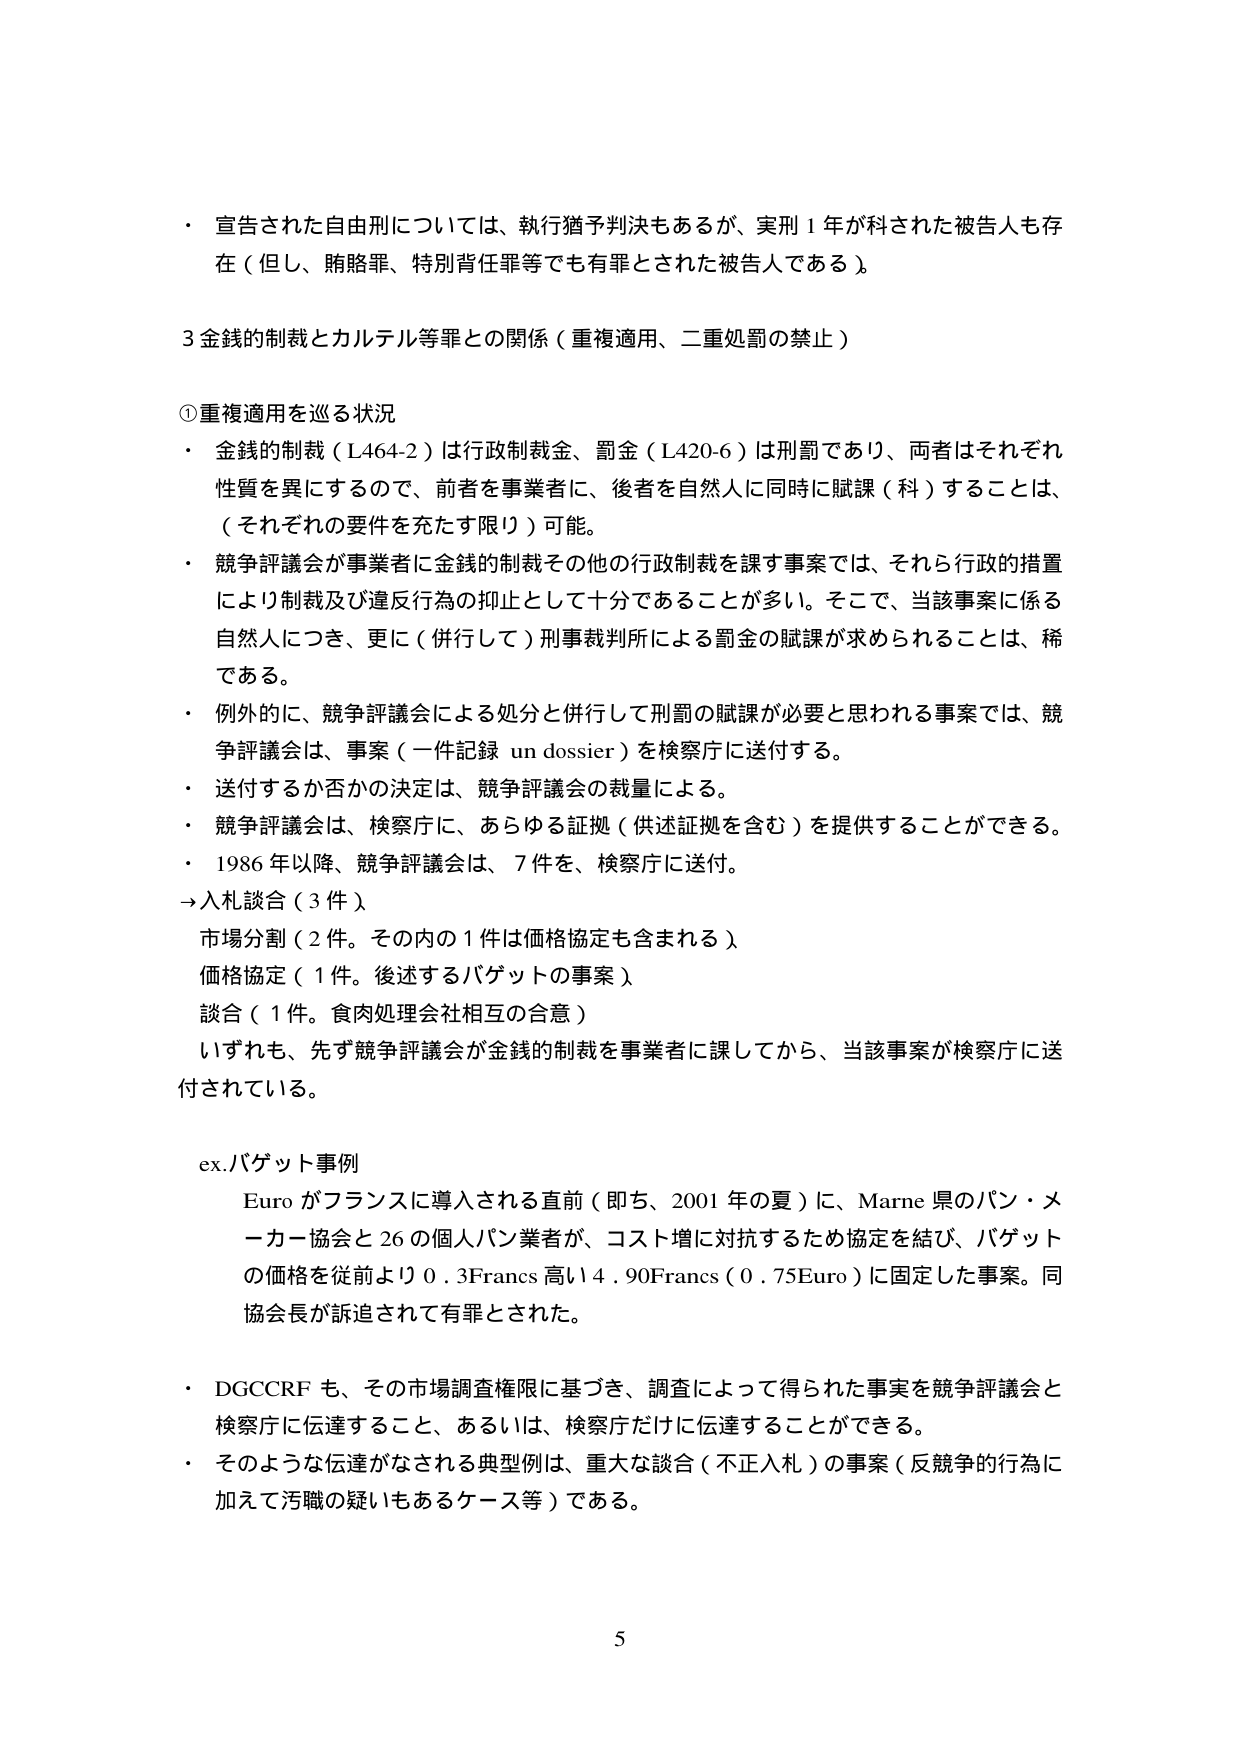
・ 宣告された自由刑については、執行猶予判決もあるが、実刑１年が科された被告人も存在（但し、賄賂罪、特別背任罪等でも有罪とされた被告人である）。

3 金銭的制裁とカルテル等罪との関係（重複適用、二重処罰の禁止）

①重複適用を巡る状況
・ 金銭的制裁（L464-2）は行政制裁金、罰金（L420-6）は刑罰であり、両者はそれぞれ性質を異にするので、前者を事業者に、後者を自然人に同時に賦課（科）することは、（それぞれの要件を充たす限り）可能。
・ 競争評議会が事業者に金銭的制裁その他の行政制裁を課す事案では、それら行政的措置により制裁及び違反行為の抑止として十分であることが多い。そこで、当該事案に係る自然人につき、更に（併行して）刑事裁判所による罰金の賦課が求められることは、稀である。
・ 例外的に、競争評議会による処分と併行して刑罰の賦課が必要と思われる事案では、競争評議会は、事案（一件記録 un dossier）を検察庁に送付する。
・ 送付するか否かの決定は、競争評議会の裁量による。
・ 競争評議会は、検察庁に、あらゆる証拠（供述証拠を含む）を提供することができる。
・ 1986年以降、競争評議会は、7件を、検察庁に送付。
→入札談合（3件）
　市場分割（2件。その内の1件は価格協定も含まれる）
　価格協定（1件。後述するバゲットの事案）
　談合（1件。食肉処理会社相互の合意）
　いずれも、先ず競争評議会が金銭的制裁を事業者に課してから、当該事案が検察庁に送付されている。

ex.バゲット事例
　Euroがフランスに導入される直前（即ち、2001年の夏）に、Marne県のパン・メーカー協会と26の個人パン業者が、コスト増に対抗するため協定を結び、バゲットの価格を従前より0.3Francs高い4.90Francs（0.75Euro）に固定した事案。同協会長が訴追されて有罪とされた。

・ DGCCRFも、その市場調査権限に基づき、調査によって得られた事実を競争評議会と検察庁に伝達すること、あるいは、検察庁だけに伝達することができる。
・ そのような伝達がなされる典型例は、重大な談合（不正入札）の事案（反競争的行為に加えて汚職の疑いもあるケース等）である。

5